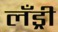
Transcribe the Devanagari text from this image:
लँड्री